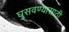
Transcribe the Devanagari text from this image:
घुसवण्यासाठी